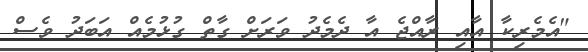
"އެމެރިކާ އާއި ރާއްޖެ އާ ދެމެދު ވަރަށް ގާތް ގުޅުމެއް އަބަދު ވެސް